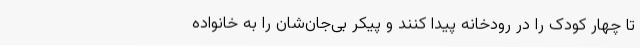
تا چهار کودک را در رودخانه پیدا کنند و پیکر بی‌جان‌شان را به خانواده